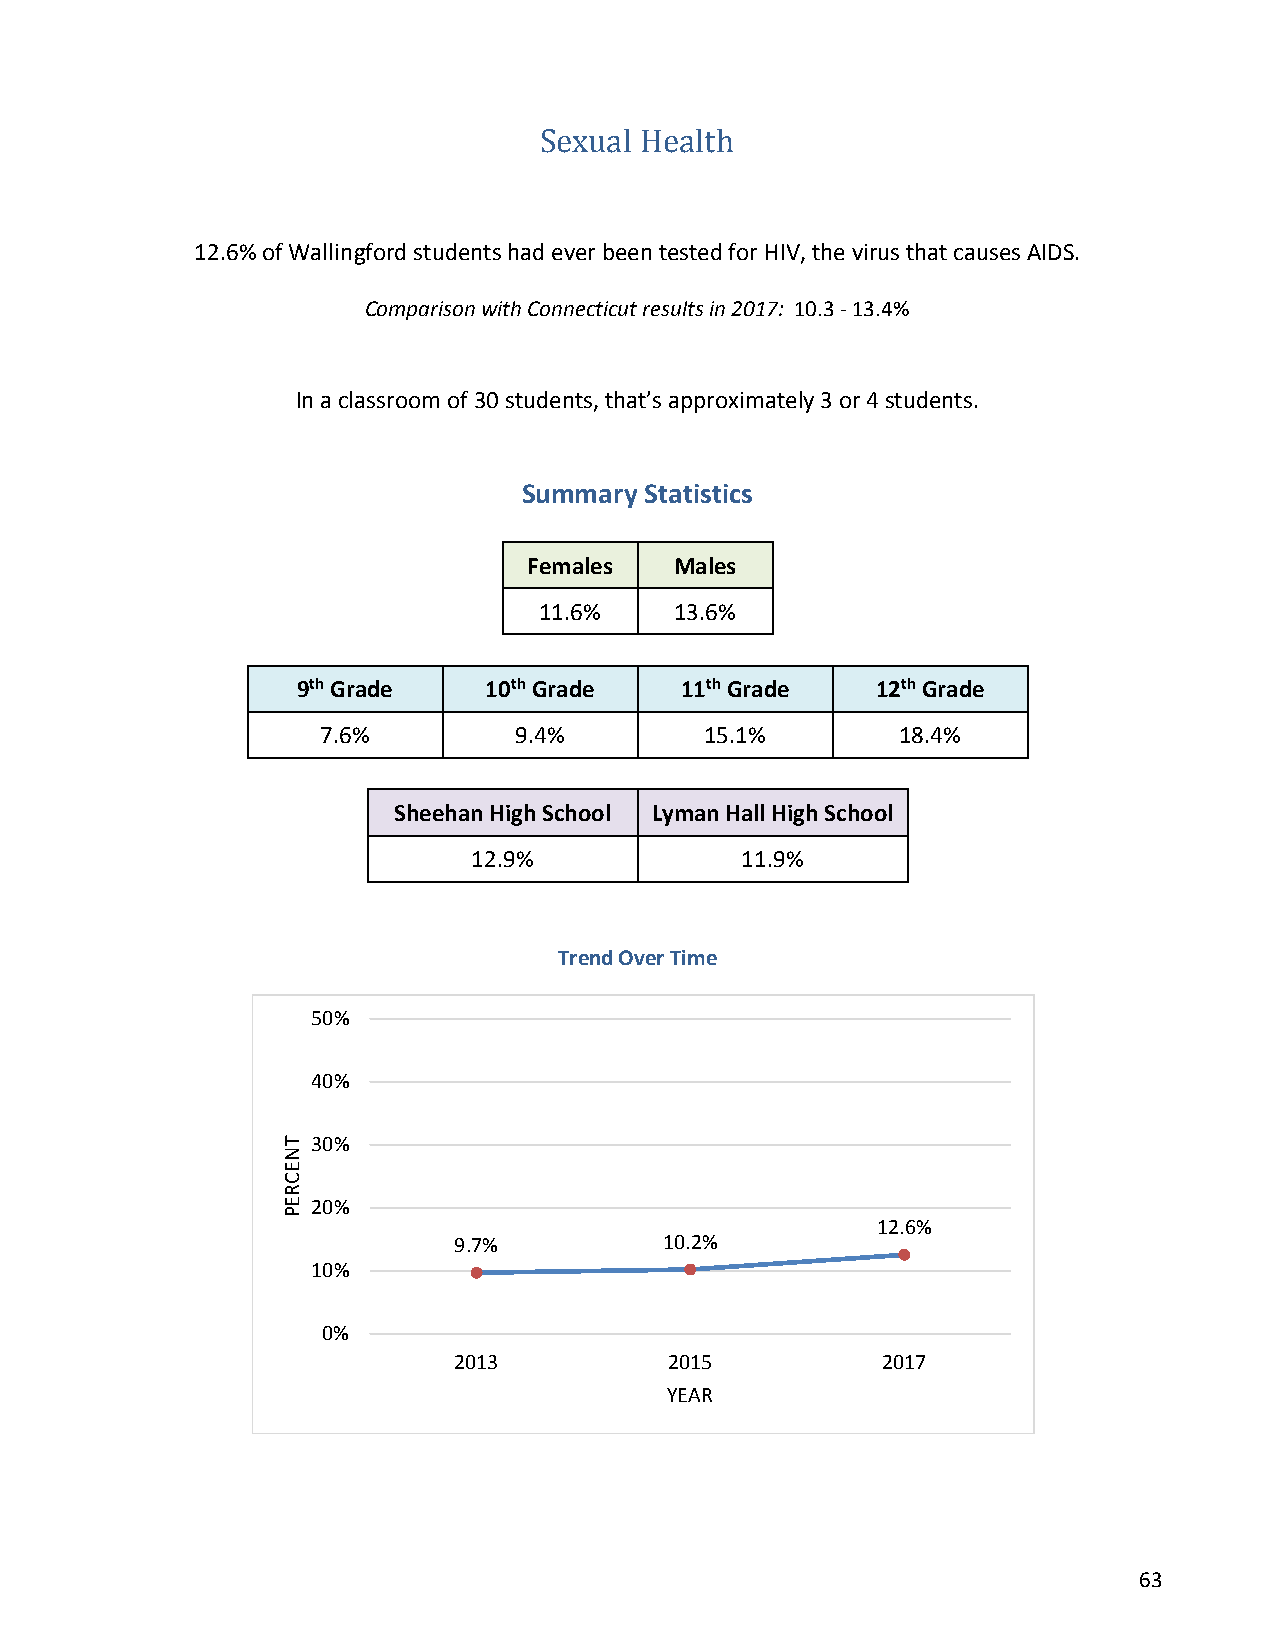
Sexual Health
 12.6% of Wallingford students had ever been tested for HIV, the virus that causes AIDS.
 Comparison with Connecticut results in 2017: 10.3 - 13.4%
 In a classroom of 30 students, that’s approximately 3 or 4 students.
 Summary Statistics
 Females   Males
 11.6%    13.6%
 9th Grade   10th Grade   11th Grade   12th Grade
 7.6%         9.4%         15.1%        18.4%
 Sheehan High School Lyman Hall High School
 12.9%             11.9%
 Trend Over Time
 50%
 40%
 30%
 20%
 12.6%
 9.7%          10.2%
 10%
 0%
 2013          2015          2017
 YEAR
 63
 TNECREP